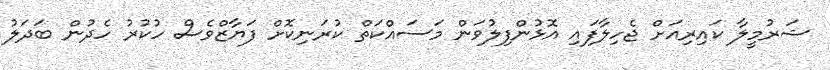
ޝަރުމީލާ ކައިރިއަށް ޖެހިލާފައި އޮޅުންފިލުވަން މަސައްކަތް ކުރަނިކޮށް ފަޔާޒްވެސް ހުކުރު ހެދުން ބަދަލު